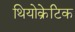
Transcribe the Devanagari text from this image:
थियोक्रेटिक